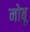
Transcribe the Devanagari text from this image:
नोबू